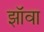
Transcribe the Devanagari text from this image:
झॉवा